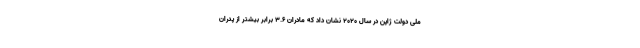
ملی دولت ژاپن در سال 2020 نشان داد که مادران 3.6 برابر بیشتر از پدران